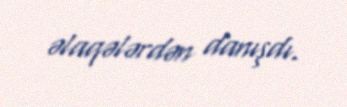
əlaqələrdən danışdı.